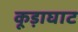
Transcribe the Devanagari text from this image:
कूड़ाघाट